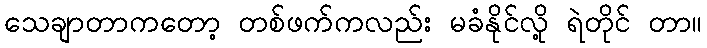
သေချာတာကတော့ တစ်ဖက်ကလည်း မခံနိုင်လို့ ရဲတိုင် တာ။